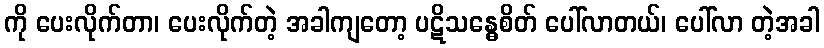
ကို ပေးလိုက်တာ၊ ပေးလိုက်တဲ့ အခါကျတော့ ပဋိသန္ဓေစိတ် ပေါ်လာတယ်၊ ပေါ်လာ တဲ့အခါ